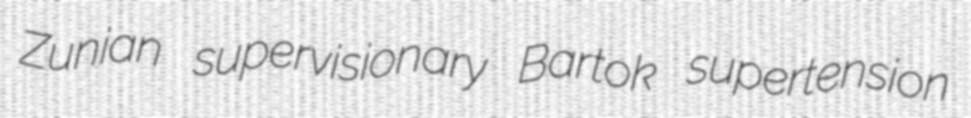
Zunian supervisionary Bartok supertension